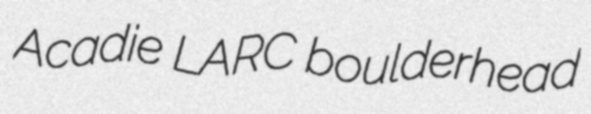
Acadie LARC boulderhead